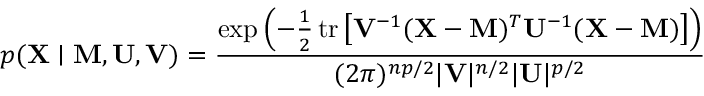
p ( \mathbf { X } \mid \mathbf { M } , \mathbf { U } , \mathbf { V } ) = { \frac { \exp \left( - { \frac { 1 } { 2 } } \, \mathrm { t r } \left[ \mathbf { V } ^ { - 1 } ( \mathbf { X } - \mathbf { M } ) ^ { T } \mathbf { U } ^ { - 1 } ( \mathbf { X } - \mathbf { M } ) \right] \right) } { ( 2 \pi ) ^ { n p / 2 } | \mathbf { V } | ^ { n / 2 } | \mathbf { U } | ^ { p / 2 } } }